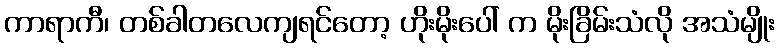
ကာရာကီ၊ တစ်ခါတလေကျရင်တော့ ဟိုးမိုးပေါ် က မိုးခြိမ်းသံလို အသံမျိုး